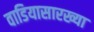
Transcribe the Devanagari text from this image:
वाडियासारख्या